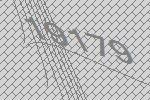
19179